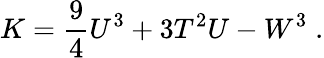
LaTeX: K=\frac{9}{4}U^{3}+3T^{2}U-W^{3}\; .